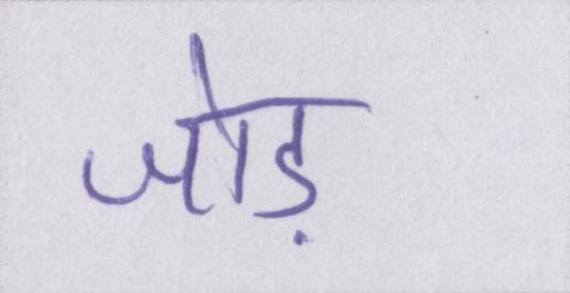
जोड़